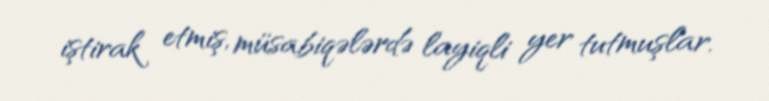
iştirak etmiş, müsabiqələrdə layiqli yer tutmuşlar.